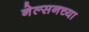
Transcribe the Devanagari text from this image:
नेल्सनच्या